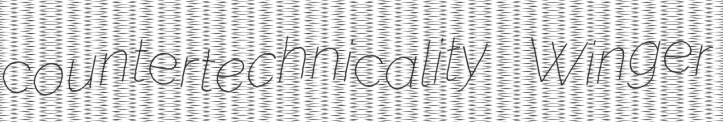
countertechnicality Winger